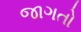
જાગતો